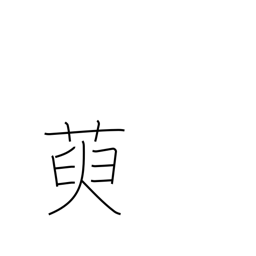
Meaning: oleaster